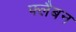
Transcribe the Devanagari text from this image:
फ्लैबन